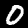
Label: 0